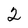
Character: 2